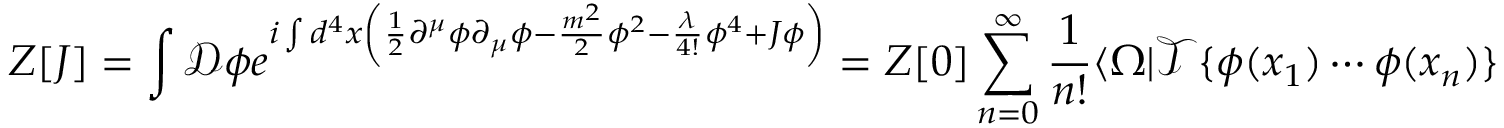
Z [ J ] = \int { \mathcal { D } } \phi e ^ { i \int d ^ { 4 } x \left( { \frac { 1 } { 2 } } \partial ^ { \mu } \phi \partial _ { \mu } \phi - { \frac { m ^ { 2 } } { 2 } } \phi ^ { 2 } - { \frac { \lambda } { 4 ! } } \phi ^ { 4 } + J \phi \right) } = Z [ 0 ] \sum _ { n = 0 } ^ { \infty } { \frac { 1 } { n ! } } \langle \Omega | { \mathcal { T } } \{ { \phi } ( x _ { 1 } ) \cdots { \phi } ( x _ { n } ) \} | \Omega \rangle .